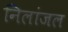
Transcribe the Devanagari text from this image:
निलांजल